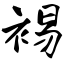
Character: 裼